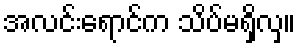
အလင်းရောင်က သိပ်မရှိလှ။